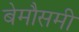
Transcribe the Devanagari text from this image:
बेमौसमी